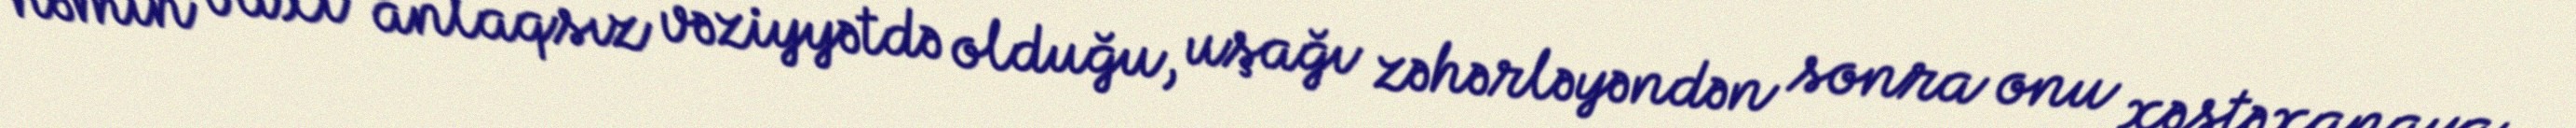
həmin vaxt anlaqsız vəziyyətdə olduğu, uşağı zəhərləyəndən sonra onu xəstəxanaya